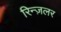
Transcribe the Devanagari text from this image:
रिन्ज़लर